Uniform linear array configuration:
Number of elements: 24
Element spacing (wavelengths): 0.25
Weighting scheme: blackman
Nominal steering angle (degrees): -15
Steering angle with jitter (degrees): -14.62
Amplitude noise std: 0.05
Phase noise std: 0.05

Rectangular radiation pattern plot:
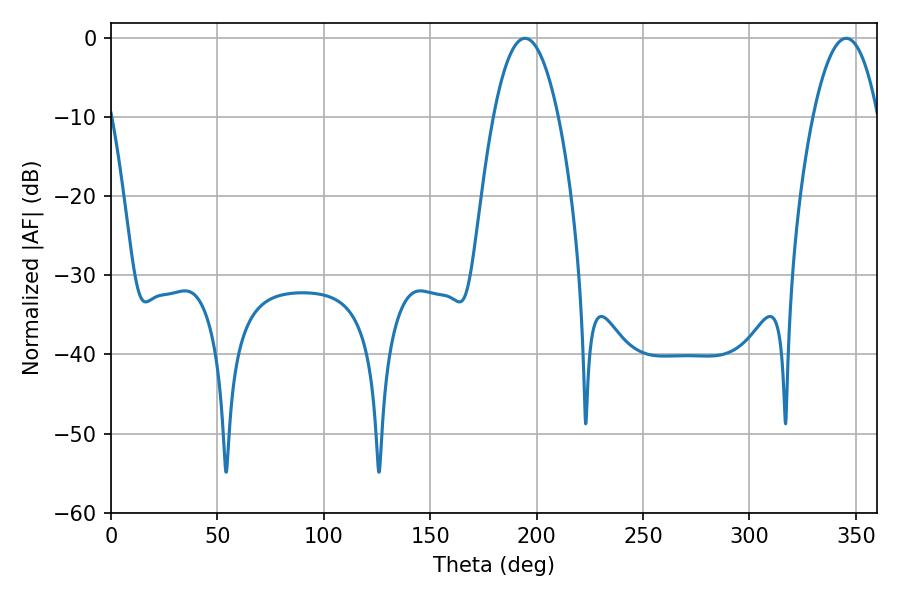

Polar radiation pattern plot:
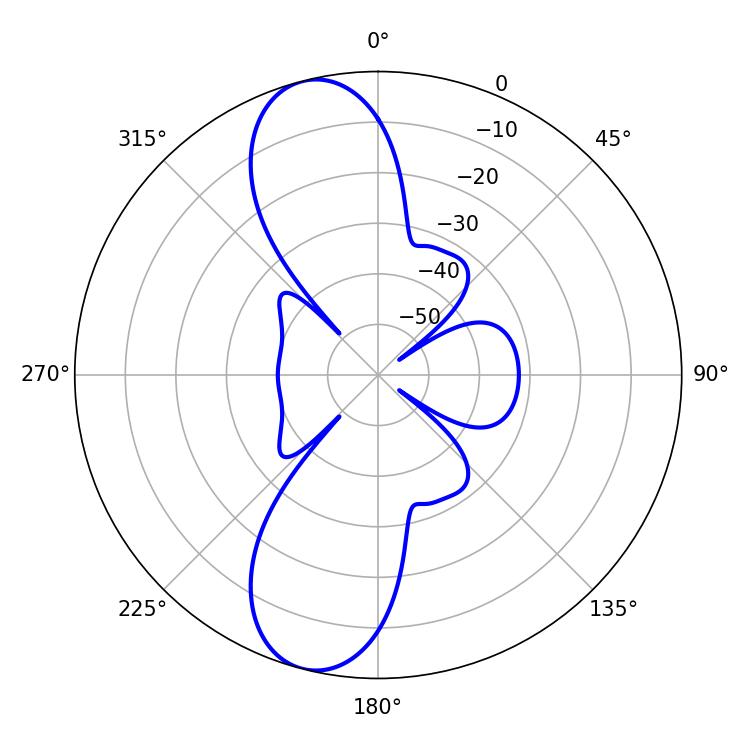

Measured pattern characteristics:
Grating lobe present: FALSE
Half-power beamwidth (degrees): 16.74
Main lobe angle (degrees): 194.58